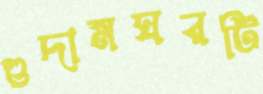
গুদামঘরটি